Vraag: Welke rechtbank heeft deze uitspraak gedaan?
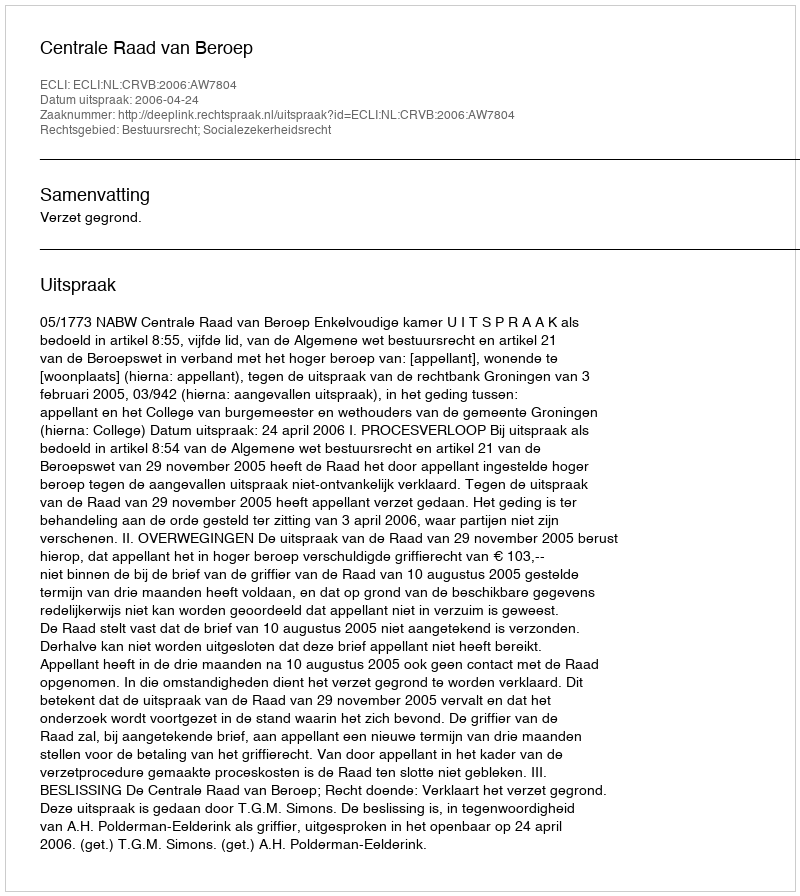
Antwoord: Centrale Raad van Beroep